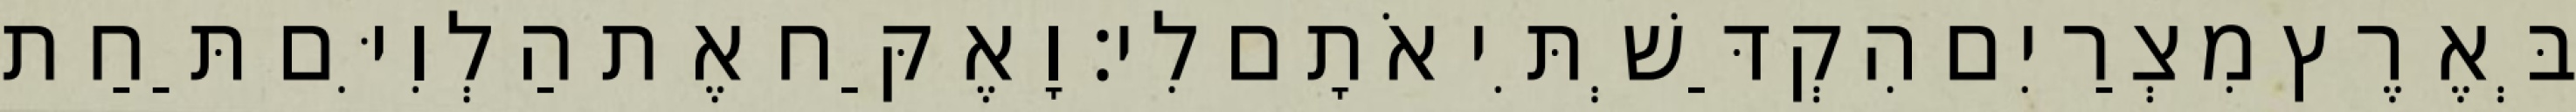
בְּאֶרֶץ מִצְרַיִם הִקְדַּשְׁתִּי אֹתָם לִי׃ וָאֶקַּח אֶת הַלְוִיִּם תַּחַת